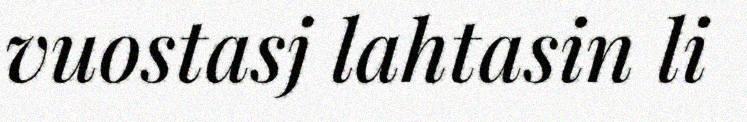
vuostasj lahtasin li